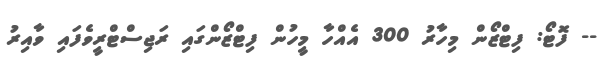
-- ފޮޓޯ: ފިޓްޒޯން މިހާރު 300 އެއްހާ މީހުން ފިޓްޒޯންގައި ރަޖިސްޓްރީވެފައި ވާއިރު